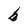
Character: b